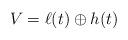
LaTeX: \begin{align*}V=\ell(t)\oplus h(t)\end{align*}